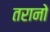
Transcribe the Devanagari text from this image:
तरानो